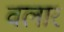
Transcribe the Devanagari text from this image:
वलार